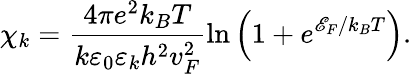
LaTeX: \chi_{k}=\frac{4\pi e^{2}k_{B}T}{k\varepsilon_{0}\varepsilon_{k}h^{2}v_{F}^{2}}\ln\left(1+e^{\mathscr{E}_{F}/k_{B}T}\right).